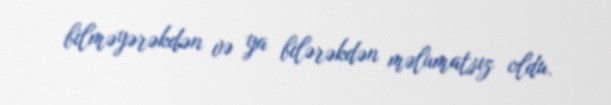
bilməyərəkdən və ya bilərəkdən məlumatsız oldu.